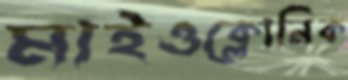
মাইওক্লোনিক